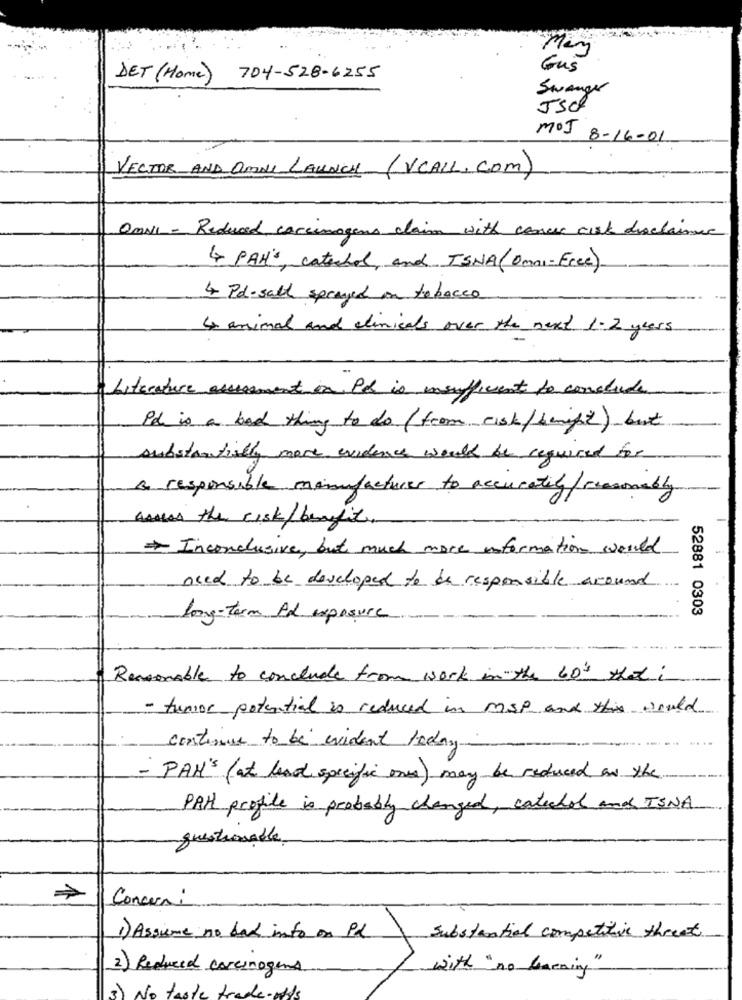
Gus
DET ( Home )
704-528-6255
Swanger
JSC
MOJ 8-16-01
VECTOR AND OMNI LAUNCH (VCALL.com)
OMNI - Reduced carcinogens claim with cancer risk disclaimer
( PAH'S catechol, and TSNA (Omni-Free)
4 Pd-salt sprayed in tobacco
& animal and clinicals over the next 1.2 years
Literature assessment in Pd is insufficient to conclude
id is a bad thing to do (from cist/benifit) but
substantially more evidence would be required for
& responsable manufacturer to accurately/reasonably
assess the cisk/benefit.
Inconclusive, but much more information would
need to be developed to be responsible around
52881 0303
long-term Ad exposure
Reasonable to conclude from work in the 60's that i
- tumor potential is reduced in MSP and this would
continue to be evident today
- PAM's ( at least specific ones) may be reduced on the
PAH profile is probably changed, catechol and TINA
questionable
Concern:
1) Assieme no bad info on id
Substantial competitie threat
2) Reduced carcinogens
with "no Warning"
3) No taste trade-offs